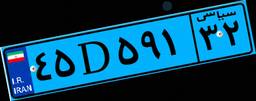
۸۷D۷۷۴۱۹